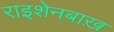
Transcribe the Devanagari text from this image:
राइशेनबाख़